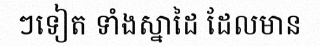
ៗទៀត ទាំងស្នាដៃ ដែលមាន